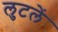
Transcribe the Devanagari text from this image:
लुटलें